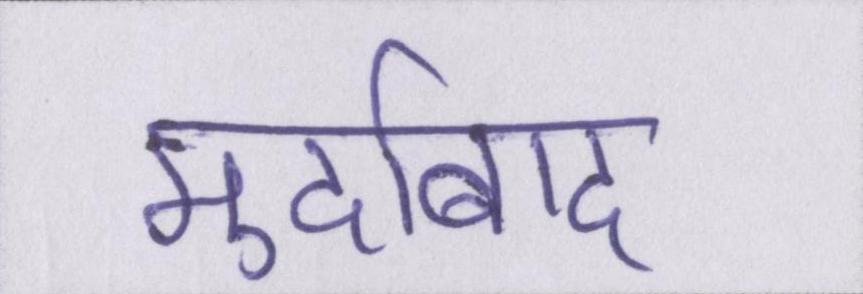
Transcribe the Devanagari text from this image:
मुर्दाबाद